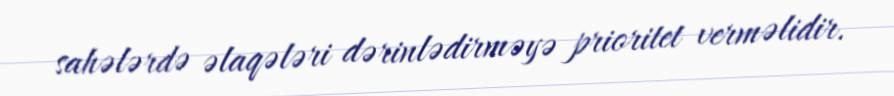
sahələrdə əlaqələri dərinlədirməyə prioritet verməlidir.